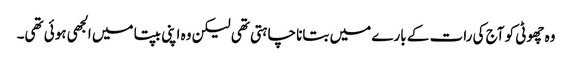
وہ چھوٹی کو آج کی رات کے بارے میں بتانا چاہتی تھی لیکن وہ اپنی بپتا میں الجھی ہوئی تھی۔